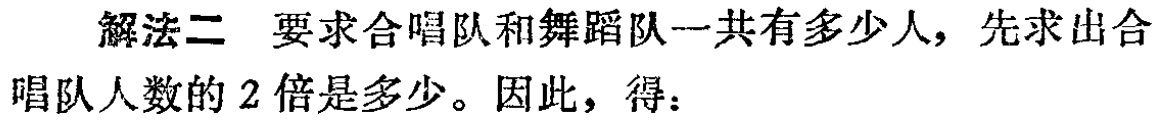
解法二 要求合唱队和舞蹈队一共有多少人，先求出合唱队人数的 2 倍是多少。因此，得：